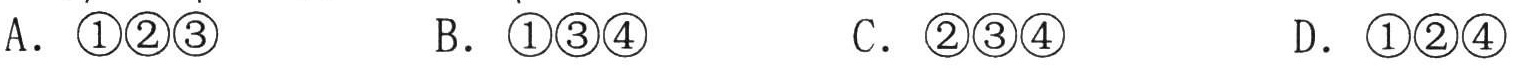
A．\(\textcircled{1}\textcircled{2}\textcircled{3}\)  B．\(\textcircled{1}\textcircled{3}\textcircled{4}\)  C．\(\textcircled{2}\textcircled{3}\textcircled{4}\)  D．\(\textcircled{1}\textcircled{2}\textcircled{4}\)